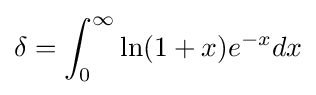
\delta =\int _{0}^{\infty }\ln(1+x)e^{-x}dx